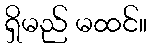
ရှိမည် မထင်။